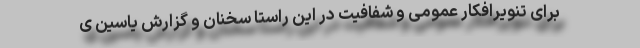
برای تنویرافکار عمومی و شفافیت در این راستا سخنان و گزارش یاسین ی